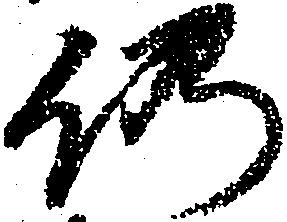
仍